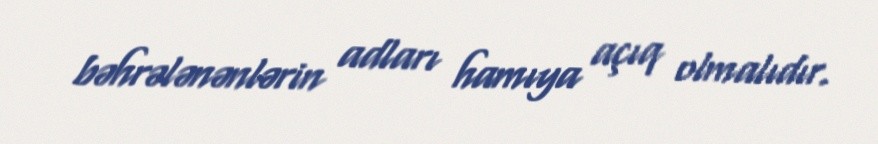
bəhrələnənlərin adları hamıya açıq olmalıdır.